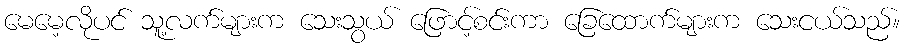
မေမေ့လိုပင် သူ့လက်များက သေးသွယ် ဖြောင့်စင်းကာ ခြေထောက်များက သေးငယ်သည်။